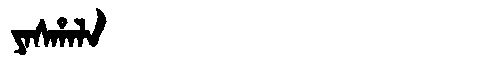
Manchu: ᠶᠠᠰᡥᠠᠯᠠ
Romanization: YASHALA